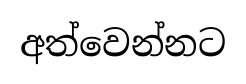
අත්වෙන්නට